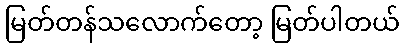
မြတ်တန်သလောက်တော့ မြတ်ပါတယ်